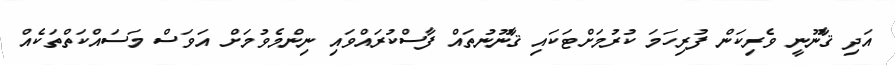
އަދި ޤާނޫނީ ވެރިކަން ފުރިހަމަ ކުރުމަށްޓަކައި ޤާނޫނުތައް ފާސްކުރައްވައި ނިންމެވުމަށް އަވަސް މަސައްކަތްތަކެއް